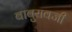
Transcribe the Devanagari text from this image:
बाबुरावजी